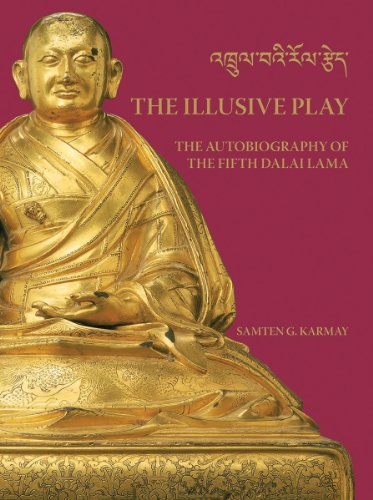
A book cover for The Illusive Play: The Autobiography of the Fifth Dalai Lama; Samten Gyaltsen Karmay; Religion & Spirituality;